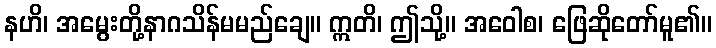
နဟိ၊ အမွေးတို့နာဂသိန်မမည်ချေ။ ဣတိ၊ ဤသို့။ အဝေါစ၊ ဖြေဆိုတော်မူ၏။